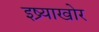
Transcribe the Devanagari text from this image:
इष्र्याखोर